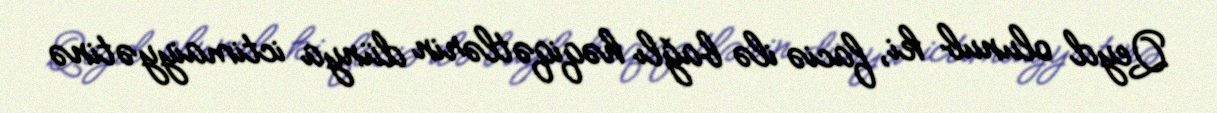
Qeyd olunub ki, faciə ilə bağlı həqiqətlərin dünya ictimaiyyətinə